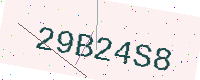
Text: 29B24S8